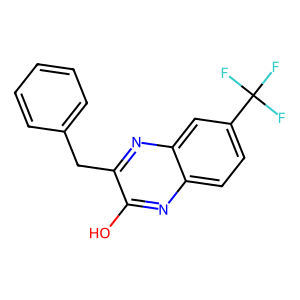
SMILES: Oc1nc2ccc(C(F)(F)F)cc2nc1Cc1ccccc1
Inhibits HIV replication: No